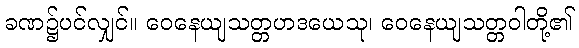
ခဏ၌ပင်လျှင်။ ဝေနေယျသတ္တဟဒယေသု၊ ဝေနေယျသတ္တဝါတို့၏